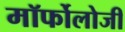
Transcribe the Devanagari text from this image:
मॉर्फोलोजी